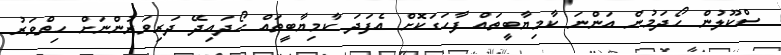
ސްކޫލުން ހޯދަމުން އަަންނަ ކާމިޔާބީތައް ފާހަގަކޮށް އެފަަދަ ކާމިޔާބީތައް ހޯދައިދޭ ދަރިވަރުންނަށް ހިތްވަރު